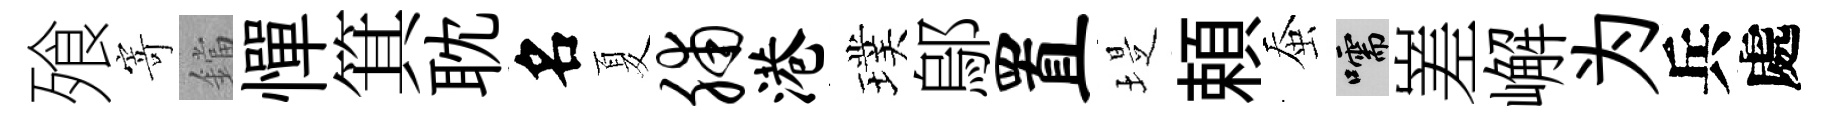
飱寄鐺憚箕耽名夏脯港璞鄔置堤頼蚕嚅嵳嶰为兵處